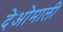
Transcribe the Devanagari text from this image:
देओमाली